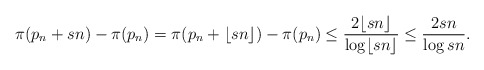
\begin{align*} \pi(p_n + sn) - \pi(p_n) = \pi(p_n + \lfloor sn \rfloor) - \pi(p_n) \leq \frac{2\lfloor sn \rfloor}{\log \lfloor sn \rfloor} \leq \frac{2sn}{\log sn}.\end{align*}